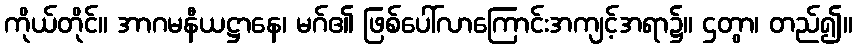
ကိုယ်တိုင်။ အာဂမနီယဋ္ဌာနေ၊ မဂ်၏ ဖြစ်ပေါ်လာကြောင်းအကျင့်အရာ၌။ ဌတွာ၊ တည်၍။